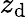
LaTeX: z_{\mathrm{d}}